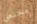
مختص